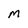
Character: M